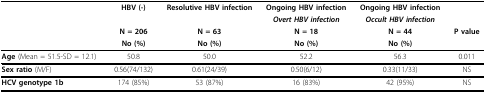
|  | HBV (-) | Resolutive HBV infection | Ongoing HBV infection | Ongoing HBV infection |  |
 |  |  |  | Overt HBV infection | Occult HBV infection |  |
 |  | N = 206 | N = 63 | N = 18 | N = 44 | P value |
 |  | No (%) | No (%) | No (%) | No (%) |  |
 | --- | --- | --- | --- | --- | --- |
 | Age (Mean = 51.5-SD = 12.1) | 50.8 | 50.0 | 52.2 | 56.3 | 0.011 |
 | Sex ratio (M/F) | 0.56(74/132) | 0.61(24/39) | 0.50(6/12) | 0.33(11/33) | NS |
 | HCV genotype 1b | 174 (85%) | 53 (87%) | 16 (83%) | 42 (95%) | NS |